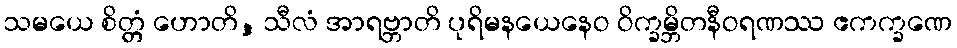
သမယေ စိတ္တံ ဟောတိ, သီလံ အာရဗ္ဘာတိ ပုရိမနယေနေဝ ဝိက္ခမ္ဘိတနီဝရဏဿ ဧကက္ခဏေ